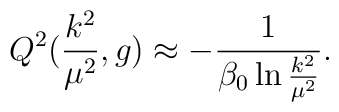
Q^2(\frac{k^2}{{\mu}^2},g)\approx -\frac{1}{{\beta}_0 \ln{\frac{k^2}{{\mu}^2}}}.